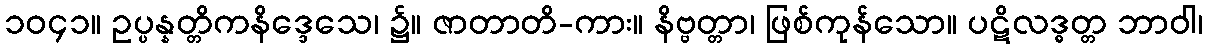
၁၀၄၁။ ဥပ္ပန္နတ္တိကနိဒ္ဒေသေ၊ ၌။ ဇာတာတိ-ကား။ နိဗ္ဗတ္တာ၊ ဖြစ်ကုန်သော။ ပဋိလဒ္ဓတ္တ ဘာဝါ၊